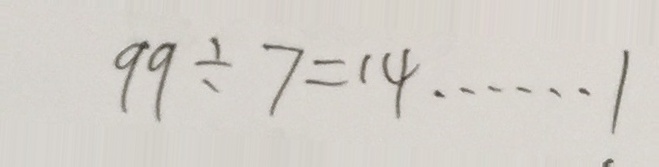
9 9 \div 7 = 1 4 \cdots 1